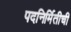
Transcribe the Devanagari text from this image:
पदनिर्मितीची